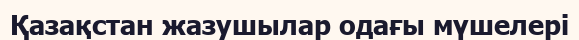
Қазақстан жазушылар одағы мүшелері